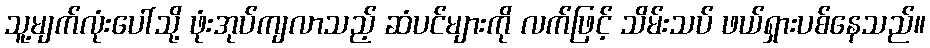
သူ့မျက်လုံးပေါ်သို့ ဖုံးအုပ်ကျလာသည့် ဆံပင်များကို လက်ဖြင့် သိမ်းသပ် ဖယ်ရှားပစ်နေသည်။